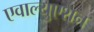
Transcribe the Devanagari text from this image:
एवाल्युएशन